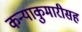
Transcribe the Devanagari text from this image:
कन्याकुमारीसह